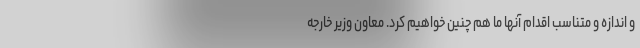
و اندازه و متناسب اقدام آنها ما هم چنین خواهیم کرد. معاون وزیر خارجه